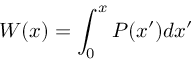
W ( x ) = \int _ { 0 } ^ { x } P ( x ^ { \prime } ) d x ^ { \prime }